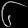
Digit: ၆